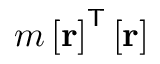
m \left[ \mathbf { r } \right] ^ { \mathsf { T } } \left[ \mathbf { r } \right]